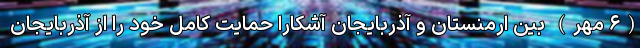
(۶ مهر) بین ارمنستان و آذربایجان آشکارا حمایت کامل خود را از آذربایجان